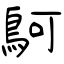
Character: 鴚